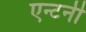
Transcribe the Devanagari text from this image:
एन्टनी